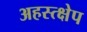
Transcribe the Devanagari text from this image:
अहस्त्क्षेप